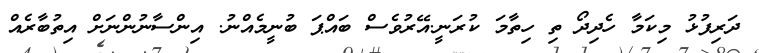
ދަރިފުޅު މިކަމާ ހެދިދޯ ތި ހިތާމަ ކުރަނީ.އޭރުވެސް ބައްޕަ ބުނީމެއްނު. އިންސާނުންނަށް އިތުބާރެއް